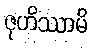
ဇုဟိဿာမိ